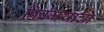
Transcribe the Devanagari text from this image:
फ्रिजियाचा